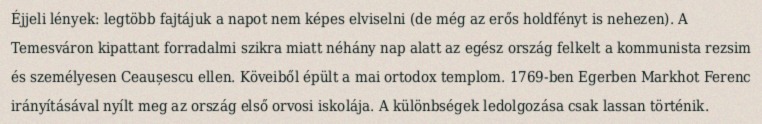
Éjjeli lények: legtöbb fajtájuk a napot nem képes elviselni (de még az erős holdfényt is nehezen). A Temesváron kipattant forradalmi szikra miatt néhány nap alatt az egész ország felkelt a kommunista rezsim és személyesen Ceaușescu ellen. Köveiből épült a mai ortodox templom. 1769-ben Egerben Markhot Ferenc irányításával nyílt meg az ország első orvosi iskolája. A különbségek ledolgozása csak lassan történik.